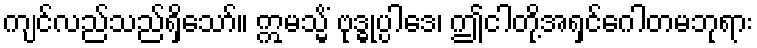
ကျင်လည်သည်ရှိသော်။ ဣမသ္မိံ ဗုဒ္ဓုပ္ပါဒေ၊ ဤငါတို့အရှင်ဂေါတမဘုရား